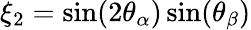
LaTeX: \xi_{2}=\sin(2\theta_{\alpha})\sin(\theta_{\beta})